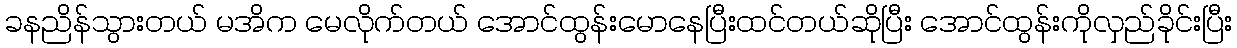
ခနညိန်သွားတယ် မအိက မေလိုက်တယ် အောင်ထွန်းမောနေပြီးထင်တယ်ဆိုပြီး အောင်ထွန်းကိုလှည်ခိုင်းပြီး